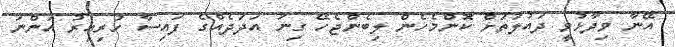
އޭނާ ވިދާޅުވީ ދައުލަތަށް ކޮންމެހެން ލިބެންޖެހޭ ގިނަ އަދަދެއްގެ ފައިސާ ހުރިއިރު އަންނަ